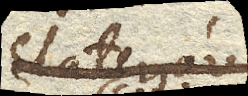
Elateriove